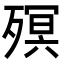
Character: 𣩆